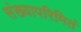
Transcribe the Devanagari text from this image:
संख्यापरिमितं